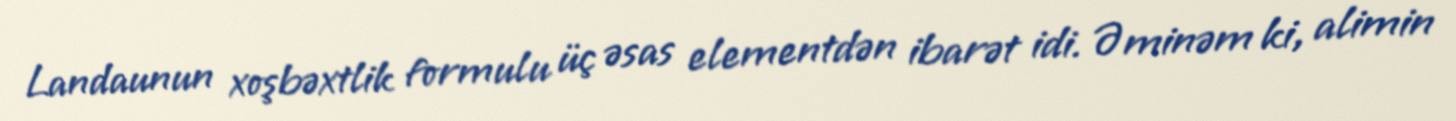
Landaunun xoşbəxtlik formulu üç əsas elementdən ibarət idi. Əminəm ki, alimin